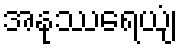
အနုဿရေယျံ